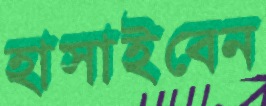
হাসাইবেন